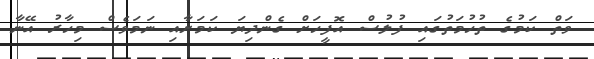
ވަތް ކަމުގެ ތުހުމަތުގައި ފުލުސް އޮފީހަށް ގެންދިޔަ ކަމަށާއި ނަމަވެސް މިހާރު އޭނާ